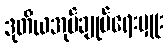
ဒုတိယအုပ်ချုပ်ရေးမှူး